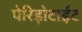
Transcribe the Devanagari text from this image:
पेरिड़ोटाईट